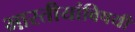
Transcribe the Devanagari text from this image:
भारतीयांविषयी